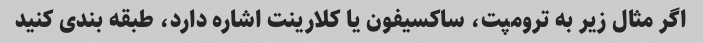
اگر مثال زیر به ترومپت، ساکسیفون یا کلارینت اشاره دارد، طبقه بندی کنید